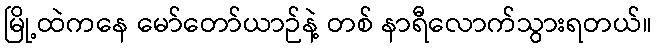
မြို့ထဲကနေ မော်တော်ယာဉ်နဲ့ တစ် နာရီလောက်သွားရတယ်။